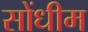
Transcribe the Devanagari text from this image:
सोंधीम